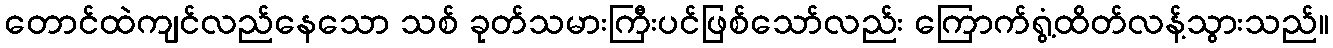
တောင်ထဲကျင်လည်နေသော သစ် ခုတ်သမားကြီးပင်ဖြစ်သော်လည်း ကြောက်ရွံ့ထိတ်လန့်သွားသည်။